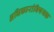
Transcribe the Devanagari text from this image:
अधिकारांविषयक